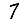
Digit: 7